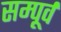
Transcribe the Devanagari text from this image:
सम्पूर्व